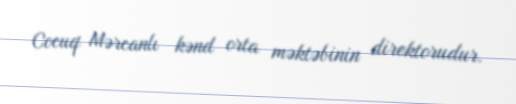
Cocuq Mərcanlı kənd orta məktəbinin direktorudur.